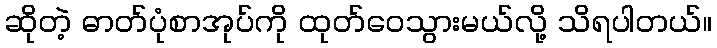
ဆိုတဲ့ ဓာတ်ပုံစာအုပ်ကို ထုတ်ဝေသွားမယ်လို့ သိရပါတယ်။